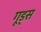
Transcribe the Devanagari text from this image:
गूड्स